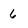
Character: 6